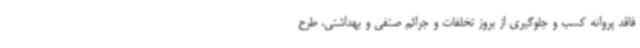
فاقد پروانه کسب و جلوگیری از بروز تخلفات و جرائم صنفی و بهداشتی، طرح